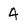
Character: 4